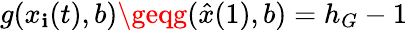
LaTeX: g(x_{\mathbf{i}}(t),b)\geqg(\hat{{x}}(1),b)=h_{G}-1